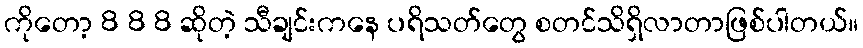
ကိုတော့ 8 8 8 ဆိုတဲ့ သီချင်းကနေ ပရိသတ်တွေ စတင်သိရှိလာတာဖြစ်ပါတယ်။